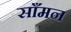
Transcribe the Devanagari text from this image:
साँमन